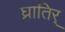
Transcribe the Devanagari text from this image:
घ्रातिर्